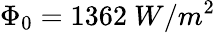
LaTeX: \Phi_{0}=1362\ W/m^{2}